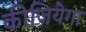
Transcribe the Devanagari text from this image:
कीजियेगा